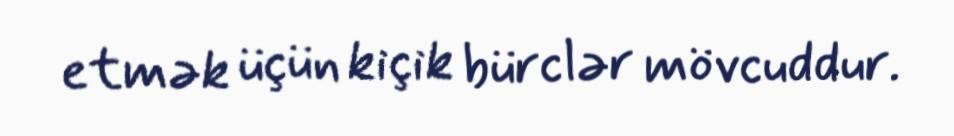
etmək üçün kiçik bürclər mövcuddur.